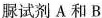
脲试剂 A 和 B